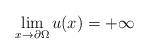
LaTeX: \begin{align*}\lim_{x\rightarrow\partial\Omega}u(x)=+\infty\end{align*}